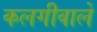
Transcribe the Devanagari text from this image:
कलगीवाले